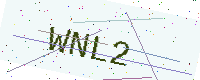
Text: WNL2